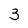
Character: 3